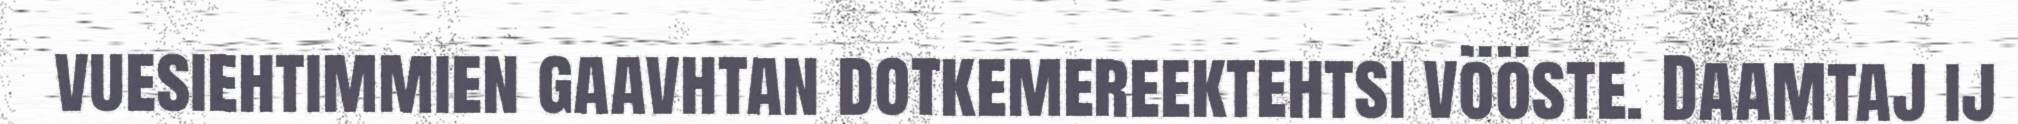
vuesiehtimmien gaavhtan dotkemereektehtsi vööste. Daamtaj ij